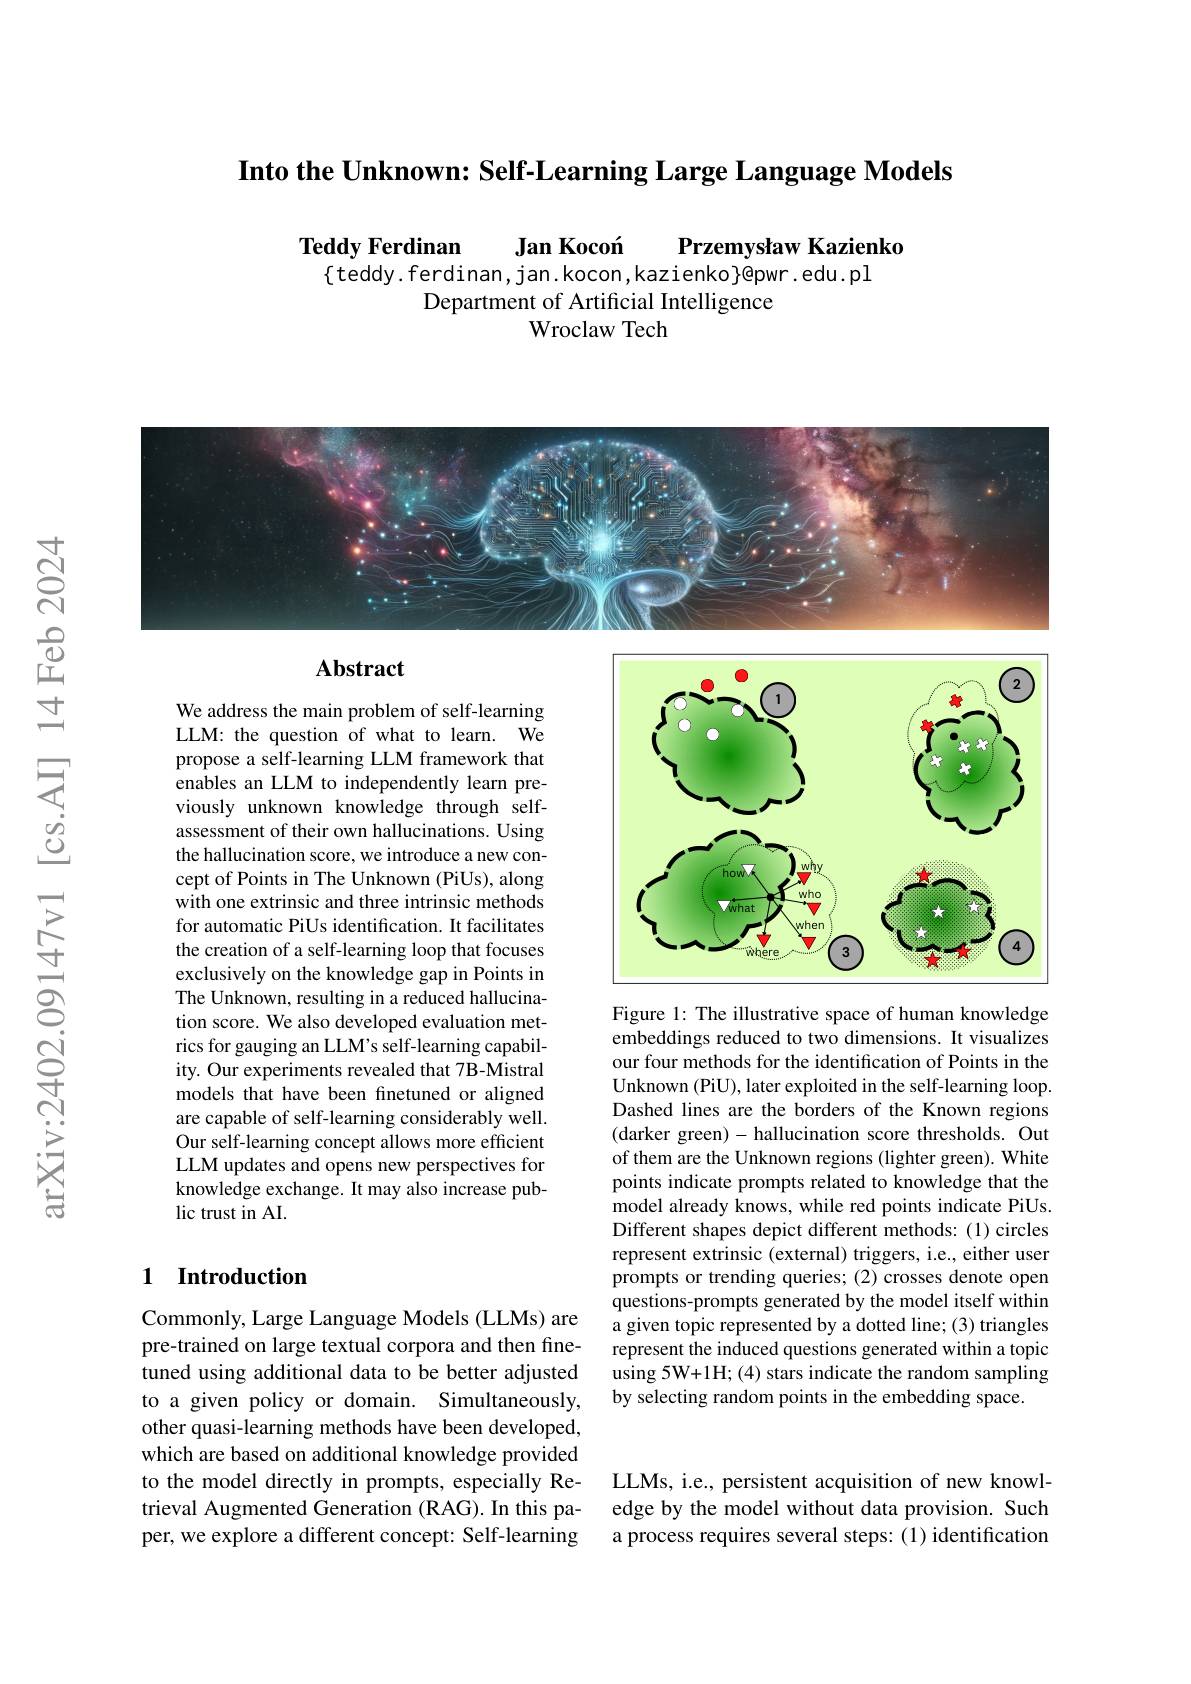
Into the Unknown: Self-Learning Large Language Models

$\textbf{Teddy Ferdinan}$
$\textbf{Jan Koco\' {n}}$
Przemysław Kazienko
$\{$teddy.ferdinan,jan.kocon,kazienko}@pwr.edu.pl
Department of Artificial Intelligence
Wroclaw Tech

<FigureHere>

Abstract

<FigureHere>

We address the main problem of self-learning LLM: the question of what to learn. We propose a self-learning LLM framework that enables an LLM to independently learn previously unknown knowledge through selfassessment of their own hallucinations. Using the hallucination score, we introduce a new concept of Points in The Unknown (PiUs), along with one extrinsic and three intrinsic methods for automatic PiUs identification. It facilitates the creation of a self-learning loop that focuses exclusively on the knowledge gap in Points in The Unknown, resulting in a reduced hallucination score. We also developed evaluation metrics for gauging an LLM's self-learning capability. Our experiments revealed that 7B-Mistral models that have been finetuned or aligned are capable of self-learning considerably well. Our self-learning concept allows more efficient LLM updates and opens new perspectives for knowledge exchange. It may also increase public trust in AI.

Figure 1: The illustrative space of human knowledge embeddings reduced to two dimensions. It visualizes our four methods for the identification of Points in the Unknown (PiU), later exploited in the self-learning loop. Dashed lines are the borders of the Known regions (darker green)- hallucination score thresholds. Out of them are the Unknown regions (lighter green). White points indicate prompts related to knowledge that the model already knows, while red points indicate PiUs. Different shapes depict different methods: (1) circles represent extrinsic (external) triggers, i.e., either user prompts or trending queries; (2) crosses denote open questions-prompts generated by the model itself within a given topic represented by a dotted line; (3) triangles represent the induced questions generated within a topic using 5W+1H; (4) stars indicate the random sampling by selecting random points in the embedding space.

### 1 Introduction

Commonly, Large Language Models (LLMs) are pre-trained on large textual corpora and then finetuned using additional data to be better adjusted to a given policy or domain. Simultaneously, other quasi-learning methods have been developed, which are based on additional knowledge provided to the model directly in prompts, especially Retrieval Augmented Generation (RAG). In this paper, we explore a different concept: Self-learning

LLMs, i.e., persistent acquisition of new knowledge by the model without data provision. Such a process requires several steps:(1) identification